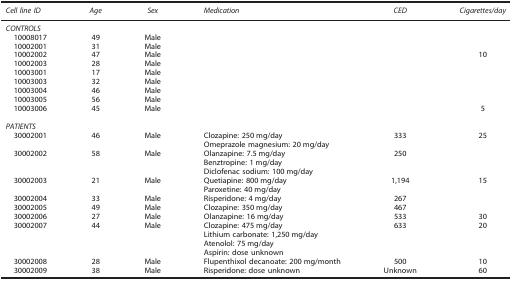
<table><thead><tr><td><b><i>Cell line ID</i></b></td><td><b><i>Age</i></b></td><td><b><i>Sex</i></b></td><td><b><i>Medication</i></b></td><td><b><i>CED</i></b></td><td><b><i>Cigarettes/day</i></b></td></tr></thead><tbody><tr><td colspan="6"><i>CONTROLS</i></td></tr><tr><td> 10008017</td><td>49</td><td>Male</td><td>[EMPTY_CELL]</td><td>[EMPTY_CELL]</td><td>[EMPTY_CELL]</td></tr><tr><td> 10002001</td><td>31</td><td>Male</td><td>[EMPTY_CELL]</td><td>[EMPTY_CELL]</td><td>[EMPTY_CELL]</td></tr><tr><td> 10002002</td><td>47</td><td>Male</td><td>[EMPTY_CELL]</td><td>[EMPTY_CELL]</td><td>10</td></tr><tr><td> 10002003</td><td>28</td><td>Male</td><td>[EMPTY_CELL]</td><td>[EMPTY_CELL]</td><td>[EMPTY_CELL]</td></tr><tr><td> 10003001</td><td>17</td><td>Male</td><td>[EMPTY_CELL]</td><td>[EMPTY_CELL]</td><td>[EMPTY_CELL]</td></tr><tr><td> 10003003</td><td>32</td><td>Male</td><td>[EMPTY_CELL]</td><td>[EMPTY_CELL]</td><td>[EMPTY_CELL]</td></tr><tr><td> 10003004</td><td>46</td><td>Male</td><td>[EMPTY_CELL]</td><td>[EMPTY_CELL]</td><td>[EMPTY_CELL]</td></tr><tr><td> 10003005</td><td>56</td><td>Male</td><td>[EMPTY_CELL]</td><td>[EMPTY_CELL]</td><td>[EMPTY_CELL]</td></tr><tr><td> 10003006</td><td>45</td><td>Male</td><td>[EMPTY_CELL]</td><td>[EMPTY_CELL]</td><td>5</td></tr><tr><td>[EMPTY_CELL]</td><td>[EMPTY_CELL]</td><td>[EMPTY_CELL]</td><td>[EMPTY_CELL]</td><td>[EMPTY_CELL]</td><td>[EMPTY_CELL]</td></tr><tr><td colspan="6"><i>PATIENTS</i></td></tr><tr><td> 30002001</td><td>46</td><td>Male</td><td>Clozapine: 250 mg/day</td><td>333</td><td>25</td></tr><tr><td>[EMPTY_CELL]</td><td>[EMPTY_CELL]</td><td>[EMPTY_CELL]</td><td>Omeprazole magnesium: 20 mg/day</td><td>[EMPTY_CELL]</td><td>[EMPTY_CELL]</td></tr><tr><td> 30002002</td><td>58</td><td>Male</td><td>Olanzapine: 7.5 mg/day</td><td>250</td><td>[EMPTY_CELL]</td></tr><tr><td>[EMPTY_CELL]</td><td>[EMPTY_CELL]</td><td>[EMPTY_CELL]</td><td>Benztropine: 1 mg/day</td><td>[EMPTY_CELL]</td><td>[EMPTY_CELL]</td></tr><tr><td>[EMPTY_CELL]</td><td>[EMPTY_CELL]</td><td>[EMPTY_CELL]</td><td>Diclofenac sodium: 100 mg/day</td><td>[EMPTY_CELL]</td><td>[EMPTY_CELL]</td></tr><tr><td> 30002003</td><td>21</td><td>Male</td><td>Quetiapine: 800 mg/day</td><td>1,194</td><td>15</td></tr><tr><td>[EMPTY_CELL]</td><td>[EMPTY_CELL]</td><td>[EMPTY_CELL]</td><td>Paroxetine: 40 mg/day</td><td>[EMPTY_CELL]</td><td>[EMPTY_CELL]</td></tr><tr><td> 30002004</td><td>33</td><td>Male</td><td>Risperidone: 4 mg/day</td><td>267</td><td>[EMPTY_CELL]</td></tr><tr><td> 30002005</td><td>49</td><td>Male</td><td>Clozapine: 350 mg/day</td><td>467</td><td>[EMPTY_CELL]</td></tr><tr><td> 30002006</td><td>27</td><td>Male</td><td>Olanzapine: 16 mg/day</td><td>533</td><td>30</td></tr><tr><td> 30002007</td><td>44</td><td>Male</td><td>Clozapine: 475 mg/day</td><td>633</td><td>20</td></tr><tr><td>[EMPTY_CELL]</td><td>[EMPTY_CELL]</td><td>[EMPTY_CELL]</td><td>Lithium carbonate: 1,250 mg/day</td><td>[EMPTY_CELL]</td><td>[EMPTY_CELL]</td></tr><tr><td>[EMPTY_CELL]</td><td>[EMPTY_CELL]</td><td>[EMPTY_CELL]</td><td>Atenolol: 75 mg/day</td><td>[EMPTY_CELL]</td><td>[EMPTY_CELL]</td></tr><tr><td>[EMPTY_CELL]</td><td>[EMPTY_CELL]</td><td>[EMPTY_CELL]</td><td>Aspirin: dose unknown</td><td>[EMPTY_CELL]</td><td>[EMPTY_CELL]</td></tr><tr><td> 30002008</td><td>28</td><td>Male</td><td>Flupenthixol decanoate: 200 mg/month</td><td>500</td><td>10</td></tr><tr><td> 30002009</td><td>38</td><td>Male</td><td>Risperidone: dose unknown</td><td>Unknown</td><td>60</td></tr></tbody></table>